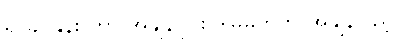
ရာခိုင်နှုန်း ဟာ အချိန်ပိုင်း ဒါမှမဟုတ် အချိန်ပြည့်